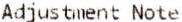
ADJUSTMENT NOTE